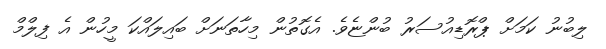
ލިބުނު ކަމަށް ޕްރޮޑިއުސަރު ބުންޏެވެ. އެގޮތުން މިހާތަނަށް ބައިލައްކަ މީހުން އެ ފިލްމް